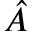
\hat { A }